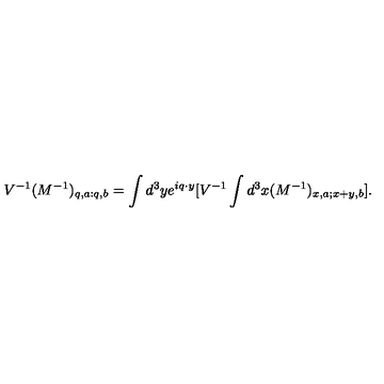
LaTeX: V ^ { - 1 } ( M ^ { - 1 } ) _ { q , a : q , b } = \int d ^ { 3 } y e ^ { i q \cdot y } [ V ^ { - 1 } \int d ^ { 3 } x ( M ^ { - 1 } ) _ { x , a ; x + y , b } ] \mathrm { . }